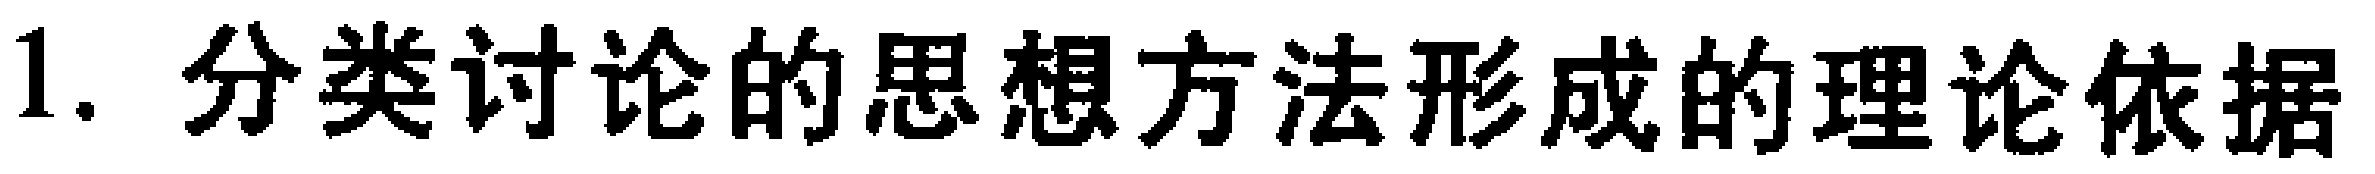
1. 分类讨论的思想方法形成的理论依据